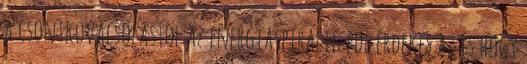
a csontkovacsolastol az energiaspiralig pdf érdekes az is hogy